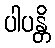
ပါပန္တိ